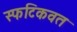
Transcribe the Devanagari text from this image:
स्फटिकवत